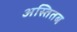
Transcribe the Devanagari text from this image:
अस्तितब